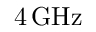
4 \operatorname { G H z }